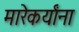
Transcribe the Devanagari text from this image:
मारेकर्यांना